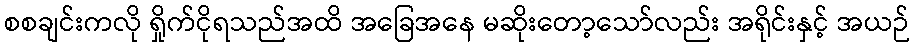
စစချင်းကလို ရှိုက်ငိုရသည်အထိ အခြေအနေ မဆိုးတော့သော်လည်း အရိုင်းနှင့် အယဉ်